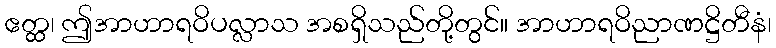
ဧတ္ထ၊ ဤအာဟာရဝိပလ္လာသ အစရှိသည်တို့တွင်။ အာဟာရဝိညာဏဋ္ဌိတီနံ၊